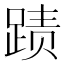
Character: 𲃫